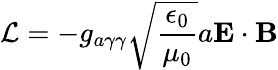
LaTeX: \mathcal{L}=-g_{a\gamma\gamma}\sqrt{\frac{\epsilon_{0}}{\mu_{0}}}a\mathbf{E}\cdot\mathbf{B}